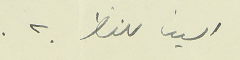
الينا للنظر